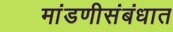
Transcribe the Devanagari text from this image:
मांडणीसंबंधात